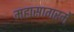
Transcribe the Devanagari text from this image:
महासागरमें